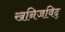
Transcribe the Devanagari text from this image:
खनिजविद्